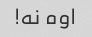
اوه نه!